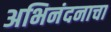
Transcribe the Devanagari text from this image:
अभिनंदनाचा